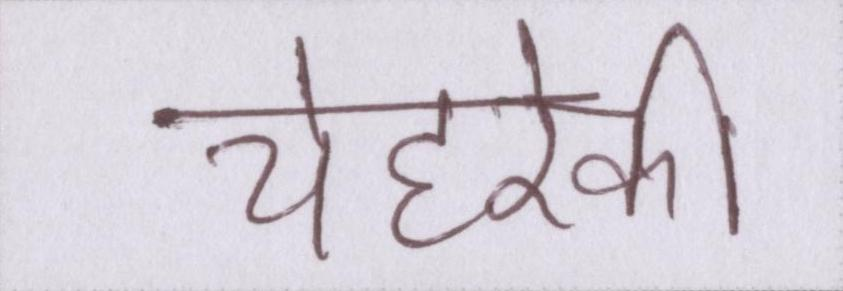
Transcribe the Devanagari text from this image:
चेहरेकी